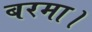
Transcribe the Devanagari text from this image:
बरमा।